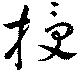
授